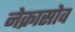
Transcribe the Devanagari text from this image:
नेक्रासोव